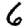
Digit: 6